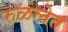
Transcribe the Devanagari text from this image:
रुळलेत